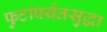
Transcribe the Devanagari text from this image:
फुटांपर्यंतसुद्धा